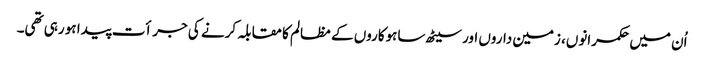
اُن میں حکمرانوں، زمین داروں اور سیٹھ ساہوکاروں کے مظالم کا مقابلہ کرنے کی جرأت پیدا ہو رہی تھی۔